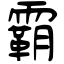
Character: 霸